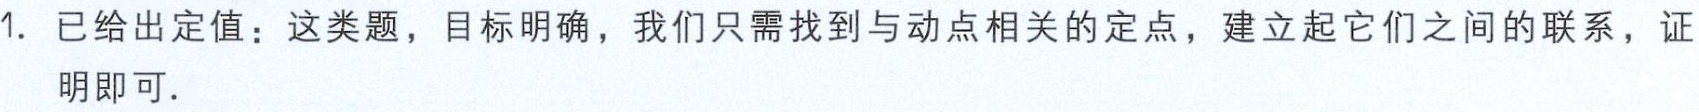
1. 已给出定值：这类题，目标明确，我们只需找到与动点相关的定点，建立起它们之间的联系，证明即可.